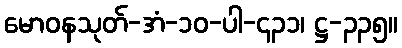
မောဝနသုတ်-အံ-၁၀-ပါ-၄၃၁၊ ဋ္ဌ-၃၃၅။